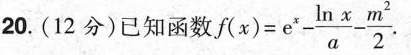
20.(12分)已知函数$$f ( x ) = e^{x} - \frac{\ln x}{a} - \frac{m^{2}}{2}$$ .